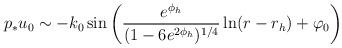
LaTeX: \begin{align*}p_*u_0 \sim -k_0\, {\rm sin}\left(\frac{e^{\phi_h}}{(1-6e^{2\phi_h})^{1/4}}\ln(r-r_h) + \varphi_0\right)\end{align*}